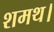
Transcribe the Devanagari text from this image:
शमथ।